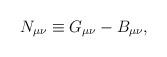
LaTeX: \begin{align*}N_{\mu \nu} \equiv G_{\mu \nu }-B_{\mu \nu} , \end{align*}